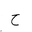
Letter: _ha